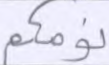
نومكم